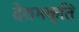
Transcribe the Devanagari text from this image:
देशभक्‍ित